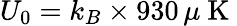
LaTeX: U_{0}=k_{B}\times 930\, \mu\mathrm{~K~}